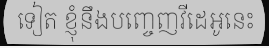
ទៀត ខ្ញុំនឹងបញ្ចេញវីដេអូនេះ